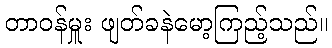
တာဝန်မှူး ဖျတ်ခနဲမော့ကြည့်သည်။